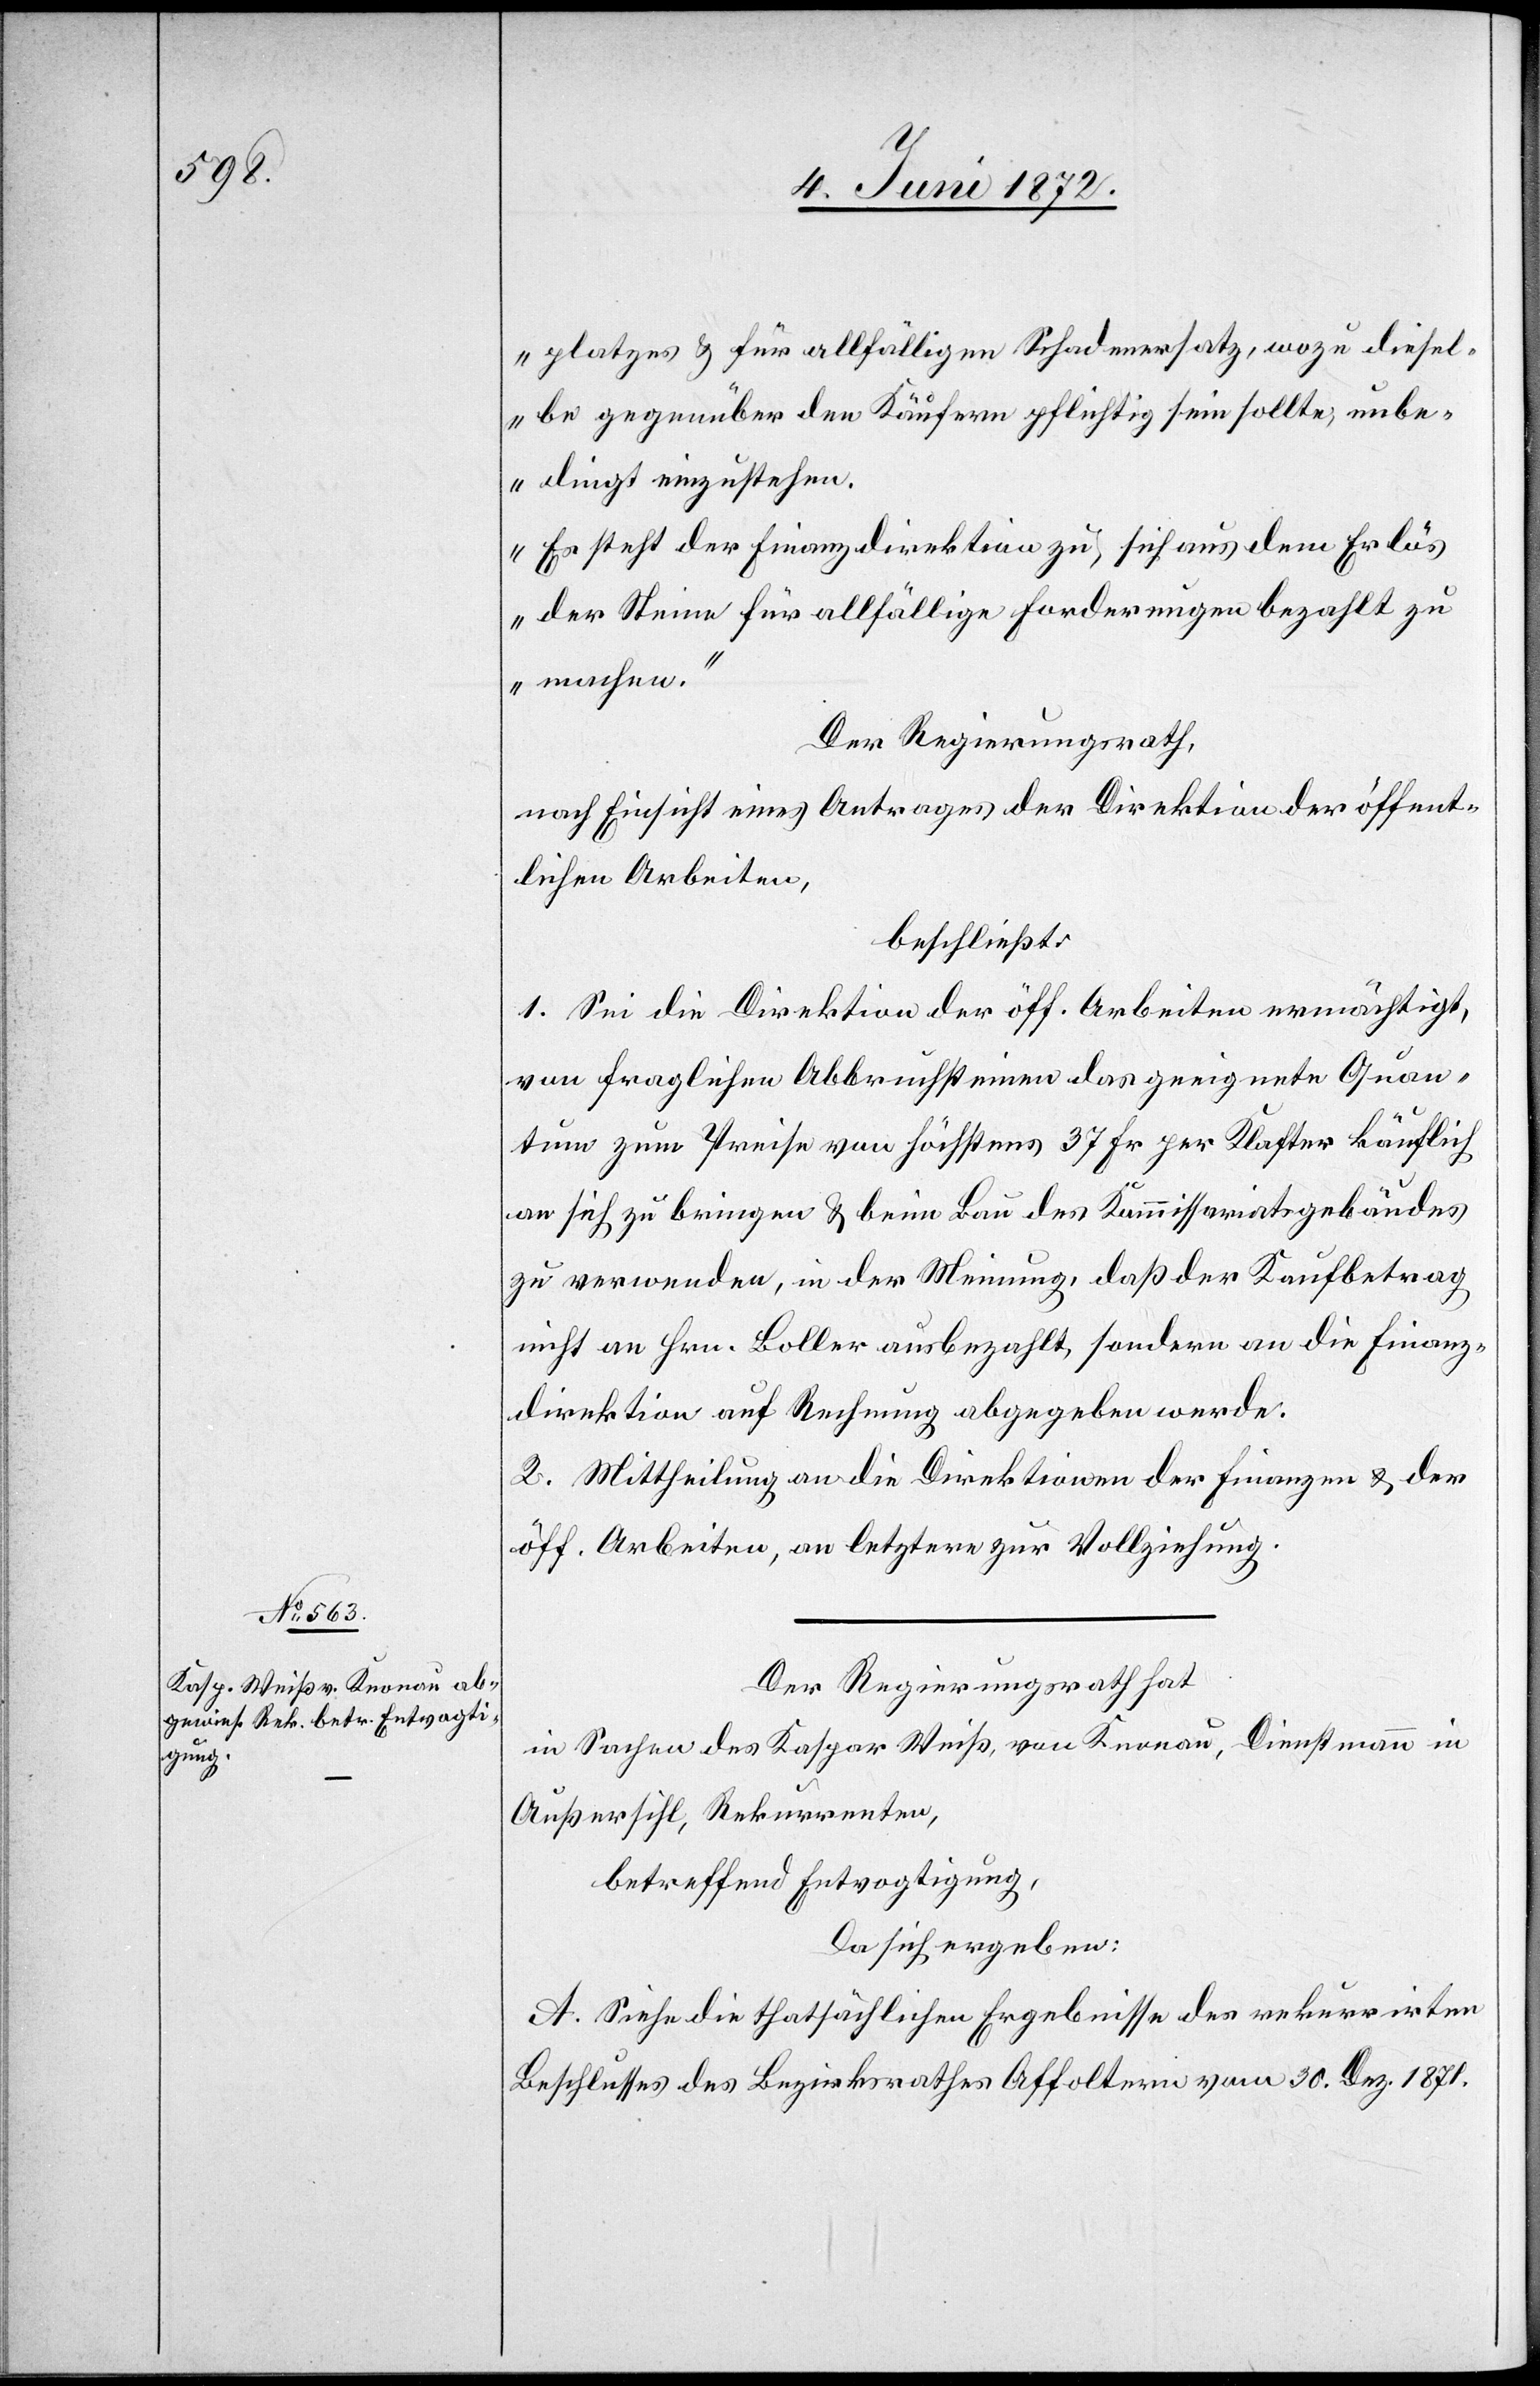
platzes u. für allfälligen Schadenersatz, wozu diesel¬
be gegenüber den Käufern pflichtig sein sollte, unbe¬
dingt einzustehen.
„Es steht der Finanzdirektion zu, sich aus dem Erlös
der Steine für allfällige Forderungen bezahlt zu
machen.“
Der Regierungsrath,
nach Einsicht eines Antrages der Direktion der öffent¬
lichen Arbeiten,
beschließt:
1. Sei die Direktion der öff. Arbeiten ermächtigt,
von fraglichen Abbruchsteinen das geeignete Quan¬
tum zum Preise von höchstens 37 Fr per Klafter käuflich
an sich zu bringen u. beim Bau des Kommissariatsgebäudes
zu verwenden, in der Meinung, daß der Kaufbetrag
nicht an Hrn. Boller ausbezahlt, sondern an die Finanz¬
direktion auf Rechnung abgegeben werde.
2. Mittheilung an die Direktionen der Finanzen u. der
öff. Arbeiten, an letztere zur Vollziehung.
Der Regierungsrath hat
in Sachen des Kaspar Weiß, von Knonau, Dienstmann in
Außersihl, Rekurrenten,
betreffend Entvogtigung,
Da sich ergeben:
A. Siehe die thatsächlichen Ergebnisse des rekurrirten
Beschlusses des Bezirksrathes Affoltern vom 30. Dez. 1871.